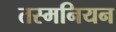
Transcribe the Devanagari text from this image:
तस्मनियन